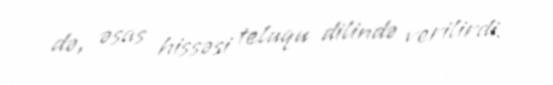
də, əsas hissəsi teluqu dilində verilirdi.